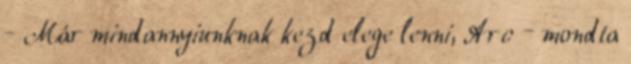
- Már mindannyiunknak kezd elege lenni, Arc – mondta